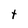
Character: t